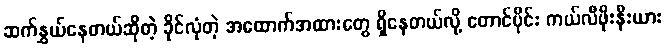
ဆက်နွှယ်နေတယ်ဆိုတဲ့ ခိုင်လုံတဲ့ အထောက်အထားတွေ ရှိနေတယ်လို့ တောင်ပိုင်း ကယ်လီဖိုးနီးယား